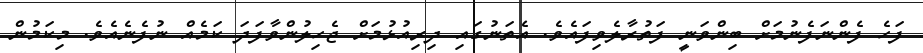
ފަހެ ފެންނަފެނުމަށް ބިންވަނީ ފަތުރާލެވިފައެވެ. އެތަނުގައި ދިރިއުޅުމަށް ޖެހިލުންވާފަދަ ކަމެއް ނުފެނެއެވެ. މިކަމުން